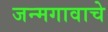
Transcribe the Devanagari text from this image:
जन्मगावाचे